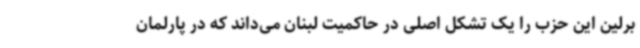
برلین این حزب را یک تشکل اصلی در حاکمیت لبنان می‌داند که در پارلمان